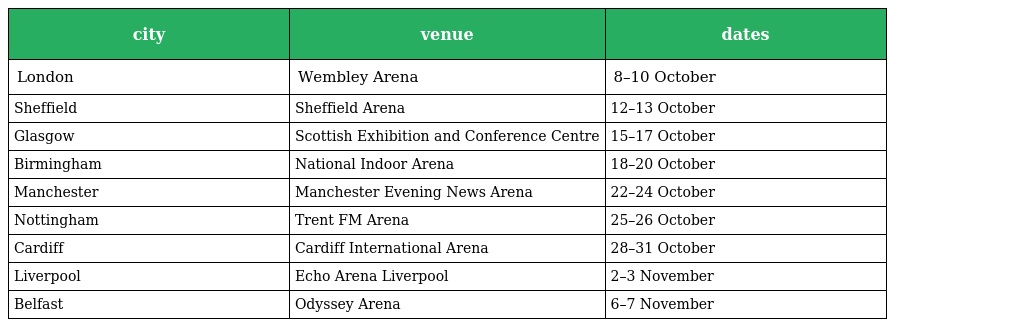
| city | venue | dates |
 | --- | --- | --- |
 | London | Wembley Arena | 8–10 October |
 | Sheffield | Sheffield Arena | 12–13 October |
 | Glasgow | Scottish Exhibition and Conference Centre | 15–17 October |
 | Birmingham | National Indoor Arena | 18–20 October |
 | Manchester | Manchester Evening News Arena | 22–24 October |
 | Nottingham | Trent FM Arena | 25–26 October |
 | Cardiff | Cardiff International Arena | 28–31 October |
 | Liverpool | Echo Arena Liverpool | 2–3 November |
 | Belfast | Odyssey Arena | 6–7 November |